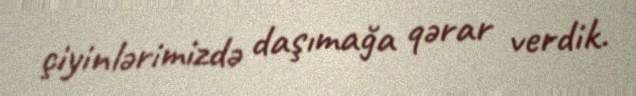
çiyinlərimizdə daşımağa qərar verdik.